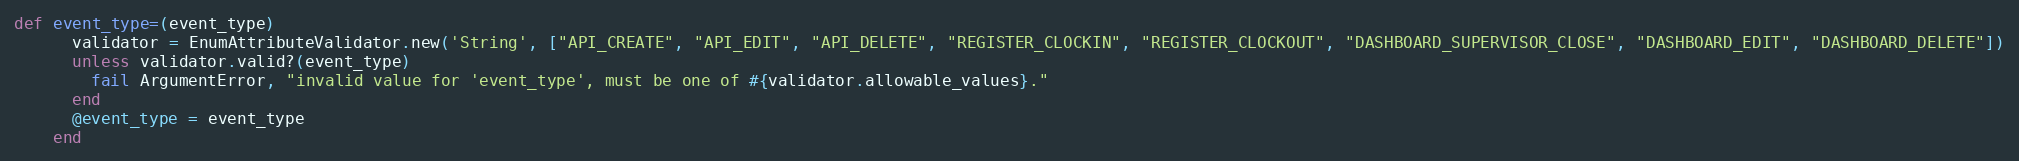
Language: Ruby
def event_type=(event_type)
      validator = EnumAttributeValidator.new('String', ["API_CREATE", "API_EDIT", "API_DELETE", "REGISTER_CLOCKIN", "REGISTER_CLOCKOUT", "DASHBOARD_SUPERVISOR_CLOSE", "DASHBOARD_EDIT", "DASHBOARD_DELETE"])
      unless validator.valid?(event_type)
        fail ArgumentError, "invalid value for 'event_type', must be one of #{validator.allowable_values}."
      end
      @event_type = event_type
    end